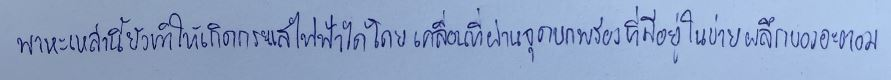
พาหะเหล่านี้ยังทำให้เกิดกระแสไฟฟ้าได้โดยเคลื่อนที่ผ่านจุดบกพร่องที่มีอยู่ในข่ายผลึกของอะตอม